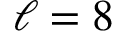
\ell = 8